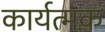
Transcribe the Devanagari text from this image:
कार्यत्मक